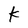
Character: k